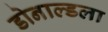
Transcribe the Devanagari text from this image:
डोनाल्डला